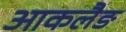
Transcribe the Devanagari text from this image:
आकलैङ